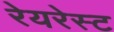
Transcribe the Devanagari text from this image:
रेयरेस्ट